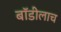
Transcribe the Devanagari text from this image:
बॉडीलाच